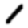
Digit: 1